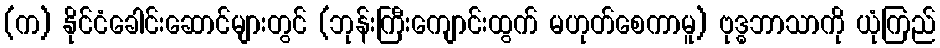
(က) နိုင်ငံခေါင်းဆောင်များတွင် (ဘုန်းကြီးကျောင်းထွက် မဟုတ်စေကာမူ) ဗုဒ္ဓဘာသာကို ယုံကြည်